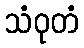
သံဝုတံ